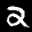
Label: 2